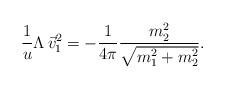
LaTeX: \begin{align*}\frac{1}{u}\Lambda\,\vec{v}_1^2 = -\frac{1}{4\pi}\frac{m_2^2}{\sqrt{m^2_1 +m^2_2}}.\end{align*}